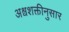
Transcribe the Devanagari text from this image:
अश्वशक्तीनुसार